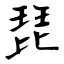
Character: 琵